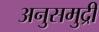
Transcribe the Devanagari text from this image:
अनुसमुद्री